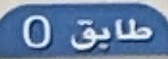
طابق